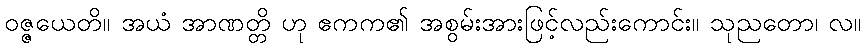
ဝဇ္ဇယေတိ။ အယံ အာဏတ္တိ ဟု ဧကက၏ အစွမ်းအားဖြင့်လည်းကောင်း။ သုညတော၊ လ။